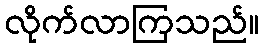
လိုက်လာကြသည်။